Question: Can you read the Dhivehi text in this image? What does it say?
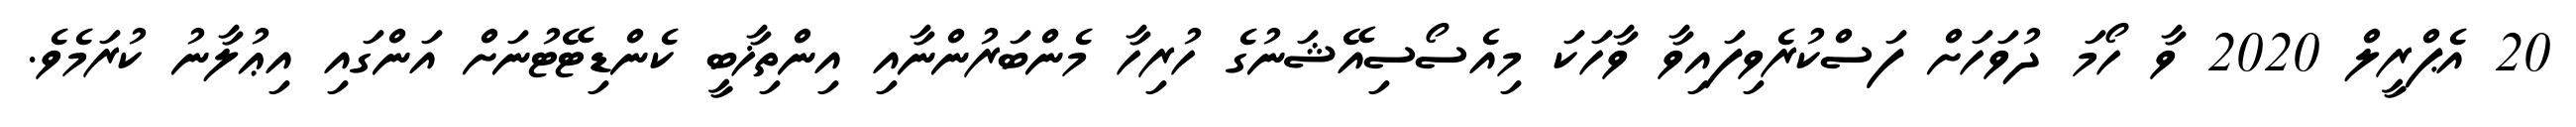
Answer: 20 އެޕްރީލް 2020 ވާ ހޯމަ ދުވަހަށް ފަސްކުރެވިފައިވާ ވާހަކަ މިއެސޯސިއޭޝަނުގެ ހުރިހާ މެންބަރުންނާއި އިންތިޚާބީ ކެންޑިޓޭޓުނަށް އަންގައި އިޢުލާނު ކުރަމެވެ.